Calcutta medical institutions reports 1892-1900
Year: 1892
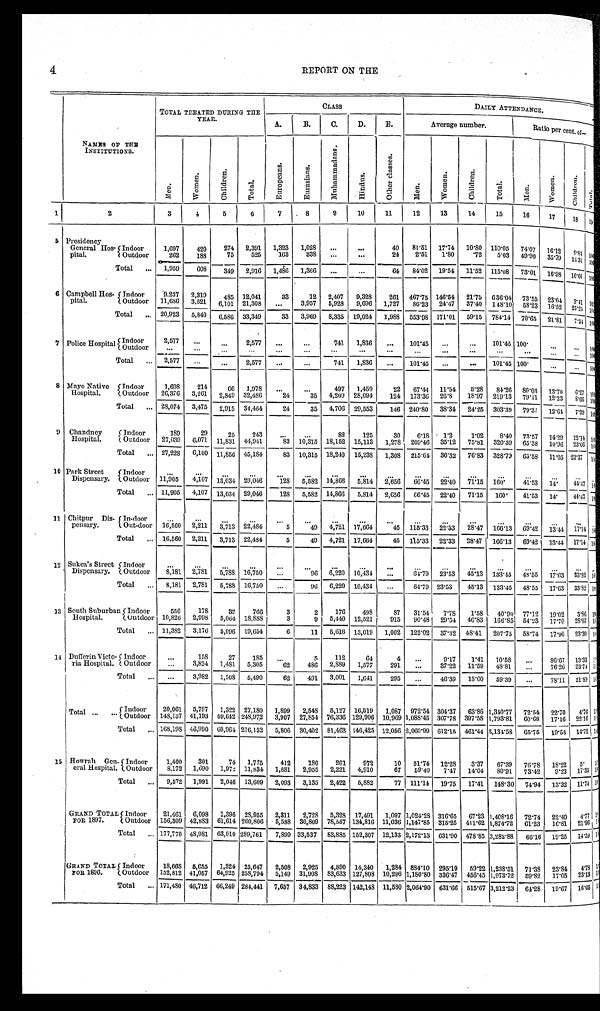
4
REPORT ON THE
NAMES
O F T H E I N S T I T U T I O N S .
TOTAL TREATED DURING THE
Y E A R .
CLASS
DAILY ATTENDANCE.
<illegible>
A.
B.
C.
D.
E.
Average number.
Ratio per cent. of—
<illegible>
M e n .
W o m e n .
C h i l d r e n .
T o t a l .
E u r o p e a n s .
E u r a s i a n s .
M u h a m m a d a n s .
H i n d u s .
O t h e r c l a s s e s .
M e n .
W o m e n .
C h i l d r e n .
T o t a l .
M e n .
W o m e n .
c h i l d r e n .
Total.
1
2
3
4
5
6
7
8
9
10
11
12
13
14
15
16
1 7 18
19
5 Presidency
General Hos
- p i t a l .
Indoor
1,697
420
274
2,391
1,323
1,028
. . .
. . .
40
81.51
17.74
10.80 110.05
74.07
16.12
9 . 8 1
100<illegible>
24
2.51
1.80
.72
5.03
49.90
35.79
163
338
1 4 . 1 3
. . .
. . .
Outdoor
262
188
75
525
1 0 0 < i l l e g i b l e >
Total . . .
1,959
608
349
2,916
1,486
1,366
. . .
. . .
64
84.02
19.54
11.52
115.08
73.01
16.98
10.01 100<illegible>
6 Campbell Hos
-pital.
Indoor
9,237
2,319
485 12,041
33
12
2,407
9,328
261
467.75 146.54
21.75
636.04 73.55
23.04
3.41 1 0 0 < i l l e g i b l e >
Outdoor
11,686
3,521
6,101 21,308
. . .
3,957
5,928
9,696
1,727
86.23
24.47
37.40
148.10
58.23
16.52
25.25 1 0 0 < i l l e g i b l e >
Total . . . 20,923
5,840
6,586
33,349
33
3,969
8,335 19,024
1,988
553.98 171.01
59.15
784.14
70.65
21.81
7.54 1 0 0 < i l l e g i b l e >
7 Police Hospital
I n d o o r
2,577
. . .
. . .
2,577
. . .
. . .
741
1,836
. . .
101.45
. . .
. . .
101.45 100.
. . .
. . .
1 0 0 <i l l e g i b l e >
O u t d o o r
. . .
. . .
. . .
. . .
. . .
. . .
. . .
. . .
. . .
. . .
. . .
. . .
. . .
. . .
. . .
. . .100<illegible>
Total . . .
2,577
. . .
. . .
2,577
. . .
. . .
741
1,836
. . .
101.45
. . .
. . .
101.45 100.
. . .
. . .
100<illegible>
8 Mayo Native
Hospital.
Indoor
1,698
214
66
1,978
. . .
. . .
497
1,459
22
67.44
1 1 . 5 4
5.28
84.26
80.03
13.70
6.27 1 0 0 < i l l e g i b l e >
26.8
18.97
219.13
79.11
12.23
Outdoor
26,376
3,261
2,849 32,486
24
35
4,209
28,094
124
173.36
8 . 6 6 1 0 0 < i l l e g i b l e >
Total . . . 28,074
3,475
2,915 34,464
24
35
4,706
29,553
146 240.80
38.34
24.25
303.39
79.37
12.64
7.99 1 0 0 < i l l e g i b l e >
9 Chandney
Hospital.
Indoor
189
29
25
243
. . .
. . .
88
125
30
6.18
1.2
1.02
8.40
73.57
14.29
12.14
1 0 0 < i l l e g i b l e >
35.12
75.81
320.39
65.38
10.96
23.66
Outdoor
27,039
6,071
11,831 44,941
83
10.315 18,152 15,113
1,278
209.46
1 0 0 < i l l e g i b l e >
Total . . . 27,228
6,100 11,856 45,184
83 10,315 18,240
15,238
1,308
215.64 36.32
76.83
328.79
65.58
11.05 23.37
1 0 0 < i l l e g i b
10 Park Street
Dispensary.
Indoor
. . .
. . .
. . .
. . .
. . .
. . .
. . .
. . .
. . .
. . .
. . .
. . . . . .
. . .. . .
. . .
. .
22.40
71.15
160.
41.53
14.
44.47
66.45
Outdoor
11,905
4,107 13,034 29,046
1 2 8
5,582 14,866
5,814
2,656
1 0 0 < i l l e g i b l e >
Total . . . 11,905
4,107 13,034 29,046
128
5,582 14,866
5,814
2,656
66.45
22.40
71.15
160.
41.53
14.
44.47
1 0 0 < i l l e g i b l e >
11 Chitpur Dis
-pensary.
In-door
. . .
. . .
. . .
. . .
. . .
. . .
. . .
. . .
. . .
. . .
. . .
. . . . . .
. . .. . .
. . .
. .
115.33
22.33
28.47
166.13
69.42
13.44
17.14 1 0 0 < i l l e g i b l e >
Out-door
16,560
2,211
3,713 22,484
5
49
4,721 17,664
45
Total . . .
16,560
2,211
3,713 22,484
5
49
4,721 17,664
45
115.33
22.33
28.47
166.13
69.42
13.44
17.14 1 0 0 < i l l e g i b l e >
12 Sukea's Street
Dispensary.
Indoor
. . .
. . .
. . .
. . .
. . .
. . .
. . .
. . .
. . .
. . .
. . .
. . . . . .
. . .
. . .
. . .
. .
64.79
23.53
45.13
133.45
48.55
17.63
33.32
1 0 0 < i l l e g i b l e >
Outdoor
8 , 1 8 1 2,781
5,788 16,750
. . .
96
6,220
10,434
. . .
Total . . .
8,181
2,781
5,788 16,750
. . .
96
6,220 10,434
. . .
64.79 23.53
45.13
133.45
48.55
17.63
3 3 . 8 2
1 0 0 < i l l e g i b
13 South Suburban
Hospital.
Indoor
556
178
32
766
3
2
176
498
87
31.54
7.78
1.58
40.90
77.12
19.02
3.86
1 < i l l e g
Outdoor 10,826
2,998
5,064 18,888
3
9
5,440 12,521
915
90.48
29.54
46.83
166.85
54.23
17.70
28.07 1 < i l l e g i b l e >
Total . . . 11,382
3,176
5,096 19,654
6
11
5,616
13,019
1,002
122.02
37.32
48.41
207.75
58.74
17.96
23.30
1 < i l l e g
1 4 Dufferin Victo
-ria Hospital.
Indoor
. . .
158
27
185
. . .
5
112
64
4
. . .
9.17
1.41
10.58
. . .
86.67
13.33
1 < i l l e g
1,577
291
. . .
37.22
11.59
48.81
. . .
76.26
23.74 1 < i l l e g i b l e >
2,889
Outdoor
. . .
3,824
1,481
5,305
62
486
Total . . .
. . .
3,982
1,508
5,490
62
491
3,001
1,641
295
. . .
46.39
13.00
59.39
. . .
78.11
21.89
1 < i l l e g
Total . . .
Indoor
20,061
5,797
1,322 27,180
1,899
2,548
5,127 16,519
1,087
972.54 304.37
63.86 1,340.77
72.54
22.70
4.76
1 < i l l e g
Outdoor
148,137 41,193
59,642 248,972
3,907
27,854 76,336 129,906 10,969 1,088.45 307.78 397.58 1,793.81
60.68
17.16
22.16 1 < i l l e g
Total . . . 168,198 46,990 60,964 276,152
5,806
30,402 81,463 146,425 12,056 2,060.99 612.15 461.44 3,134.58
65.75
19.53
14.72 1 < i l l e g
15 Howrah Gen
-eral Hospital.
Indoor
1,400
301
74
1,775
412
180
201
972
10
51.74
12.28
3.37
67.39
76.78
18.22
5.
1 < i l l e g
Outdoor
8,172
1,690
1,972 11,834
1,681
2,955
2,221
4,910
67
59.40
7.47
14.04
80.91
73.42
9.23
1 7 . 3 5 1 < i l l e g
Total . . .
9,572
1,991
2,046
13,609
2,093
3,135
2,422
5,882
77
111.14
19.75
17.41
148.30
74.94
13.32 11.74 1 < i l l e g
GRAND TOTAL
FOR 1897.
Indoor
21,461
6,098
1,396 28,955
2,311
2,728
5,328
17,491
1,097 1,024.28 316.65
67.23 1,408.16
72.74
22.49
4 . 7 7 1 < i l l e g i b l e >
Outdoor
156,309 42,883 61,614 260,806
5,588 30,809 78,557 134,816 11,036 1,147.85 315.25 411.62 1,874.72
61.23
16.81
2 1 . 9 6 1 < i l l e g
Tota1 . . . 177,770 48,981
63,010 289,761
7,899 33,537
83,885 152,307 12,133 2,17.13 631.90 478.85 3,282.88
66.16
19.25
14.59 1 < i l l e g
GRAND TOTAL
FOR 1896.
Indoor
18,668 5,655
1,324 25,647
2,508
2,925
4,590 14,340
1,284 884.10
295.19
59.22 1,238.51
71.38
23.84
4 . 7 8
1 < i l l e g
23.13
17.05
Outdoor
152,812 41,057 64,925 258,794
5,149 31,908
83,633 127,808 10,296 1,180.80 336.47
456.45 1,973.72
59.82
1 < i l l e g
Total . . . 171,480 46,712 66,249 284,441
7,657
34,833 88,223 142,148 11,580 2,064.90 631.66 515.67 3,212.23
64.28
19.67
16.05
1 < i l l e g